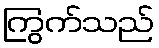
ကြွက်သည်